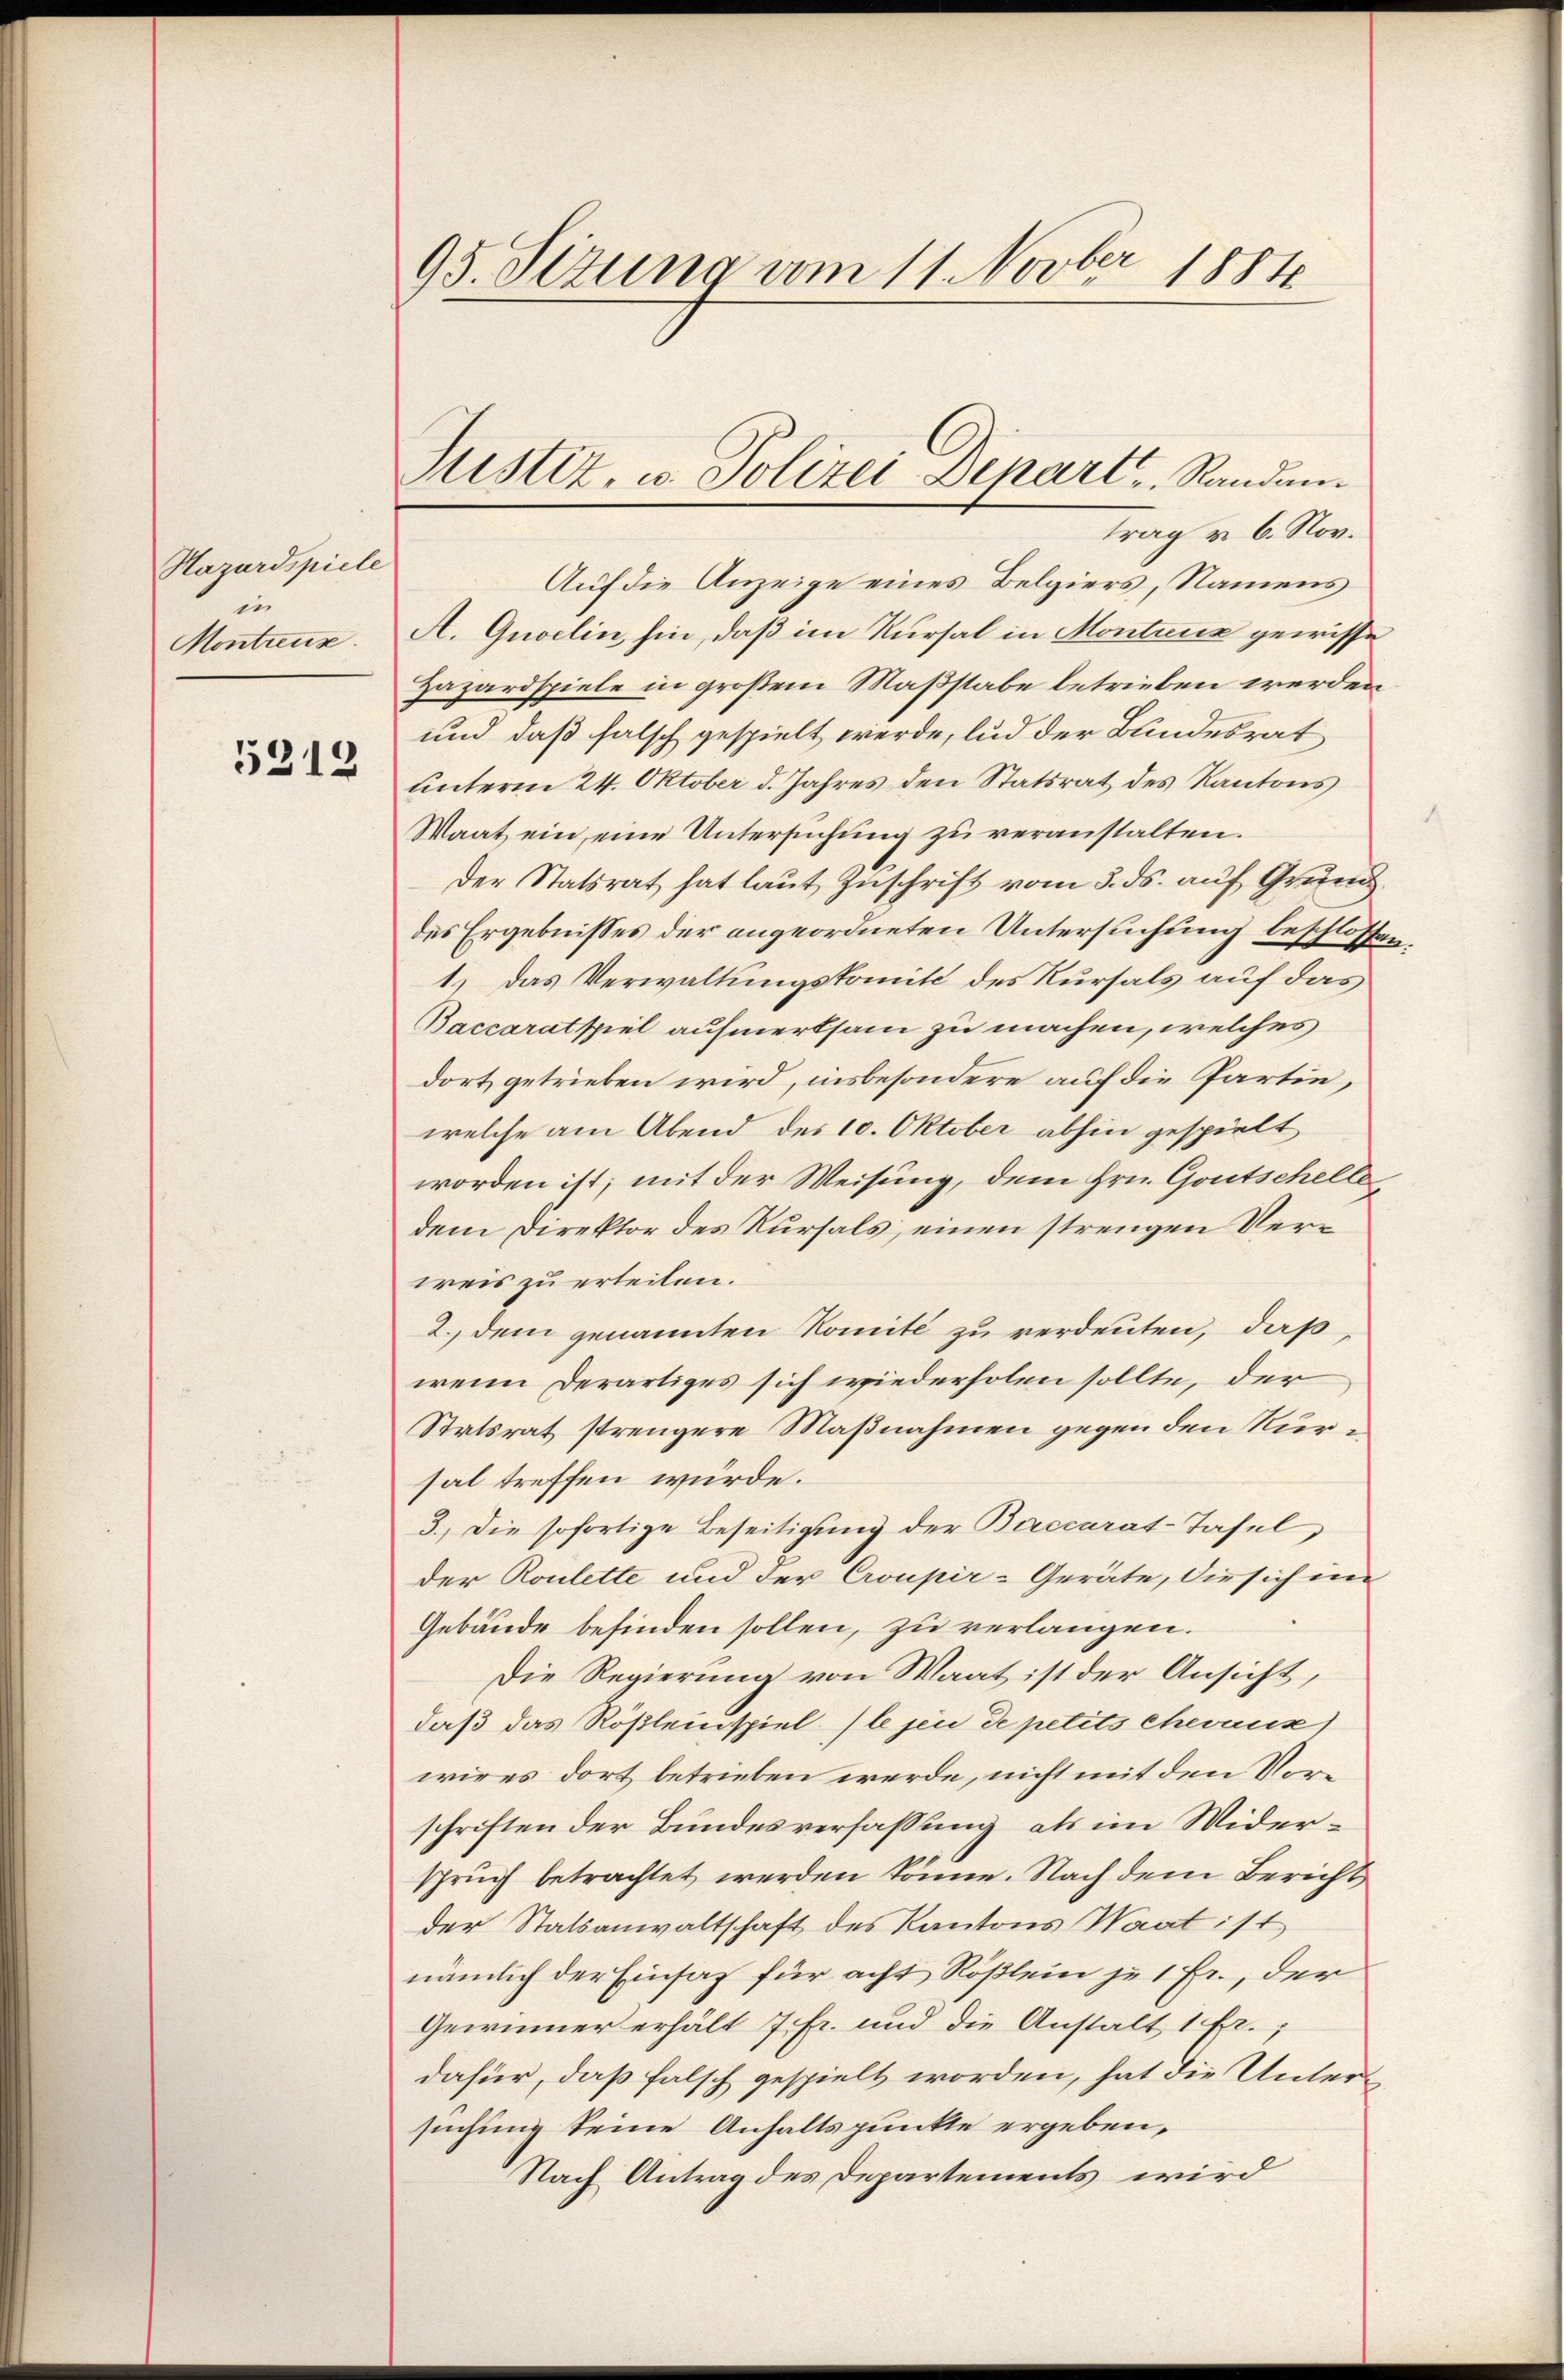
Hazardspiele
e
Montreuz.

5312

95. Sizung vom 11. Novber 1884

Auf die Anzeige eines Belgiers, Namens
A. Quoelin hin, daß im Kursal in Montanz gewisse
Hazardspiele in großem Maßstabe betrieben werden
und daß falsch gespielt werde, und der Bundesrat
unterm 24. Oktober d. Jahres den Statsrat des Kantons
Waat ein, eine Untersuchung zu veranstalten.
der Statsrat hat laut Zuschrift vom 3. ds. auf Grund
des Ergebnisses der angeordneten Untersuchung beschlossen:
1.) Das Verwaltungskomit des Kursals auf das
Baccaratspiel aufmerksam zu machen, welches
dort getrieben wird, insbesondere auf die Partie,
welche am Abend des 10. Oktober abhin gespielt
worden ist; mit der Weisung, dem Hrn. Goutschelle
dem Direktor des Kursals, einen strengen Verweis zu erteilen.
2. dem genannten Komité zu verdenten, daß,
wenn derartiges sich wiederholen sollte, der
Stetsrat strengere Maßnahmen gegen den Nürsal treffen würde.
3.) Die sofortige Beseitigung der Baccarat-Tafel
der Roulette und der Croupir-Geräte, die sich im
Gebäude befinden sollen, zu verlangen.
Die Regierung von Waat ist der Ansicht,
daß das Rösleispiel. (le jen de petits Chevaux)
wires dort betrieben werde, nicht mit den Vorschriften der Bundesverfassung als im Widerspruch betrachtet werden könne. Nach dem Bericht
der Statsanwaltschaft des Kantons Waat ist
nämlich der Einsatz für acht Rößlein je 1 Fr., der
Gewinner erhält 7 fr. und die Anstalt 1 Fr.;
dafür, daß falsch gespielt worden, hat die Untersuchung keine Anhaltspunkte ergeben,
Nach Antrag des Departements wird

Justiz, u. Polizei-Depart, Randantrag u. 6. Nov.